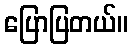
ပြောပြတယ်။